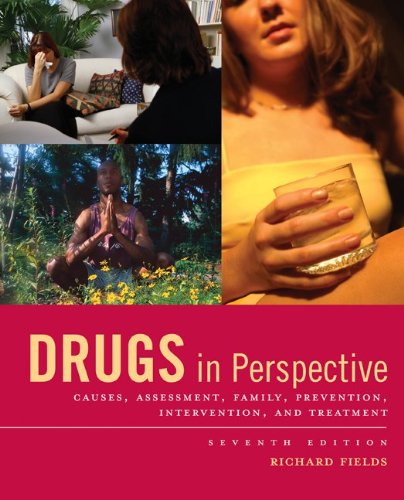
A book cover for Drugs in Perspective; Richard Fields; Health, Fitness & Dieting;